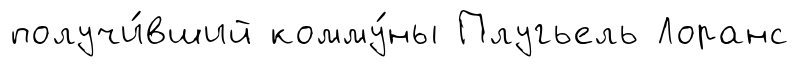
получи́вший комму́ны Плугьель Лоранс